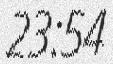
23:54